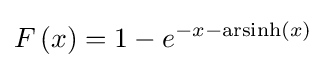
F\left(x\right)=1-e^{-x-\operatorname {arsinh} (x)}